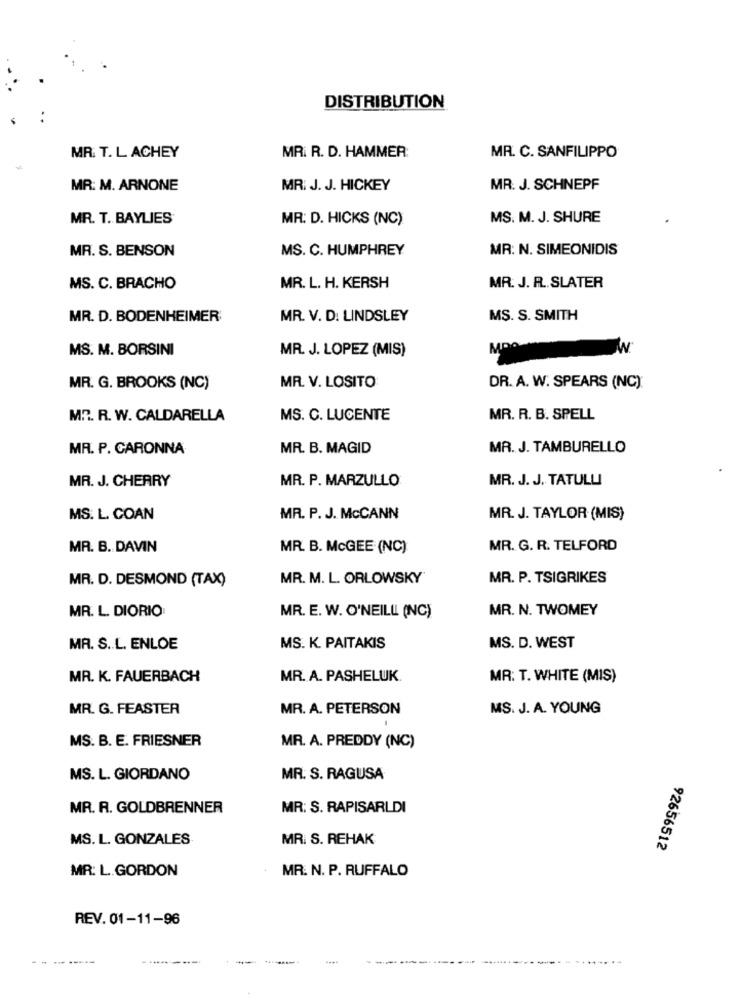
DISTRIBUTION
MR. T. L ACHEY
MR. R. D. HAMMER:
MR. C. SANFILIPPO
MR: M. ARNONE
MR. J. J. HICKEY
MR. J. SCHNEPF
MR. T. BAYLIES
MR: D. HICKS (NC)
MS. M. J. SHURE
MR. S. BENSON
MS. C. HUMPHREY
MR: N. SIMEONIDIS
MS. C. BRACHO
MR. L. H. KERSH
MR. J. R .. SLATER
MR. D. BODENHEIMER
MR. V. D. LINDSLEY
MS. S. SMITH
MS. M. BORSINI
MR. J. LOPEZ (MIS)
MR. G. BROOKS (NC)
MR. V. LOSITO
DR. A. W. SPEARS (NC):
MR. R. W. CALDARELLA
MS. C. LUCENTE
MR. R. B. SPELL
MR. P. CARONNA
MR. B. MAGID
MR. J. TAMBURELLO
MR. J. CHERRY
MR. P. MARZULLO
MR. J. J. TATULLI
MS. L. COAN
MR. P. J. McCANN
MR. J. TAYLOR (MIS)
MR. B. DAVIN
MR. B. McGEE (NC)
MR. G. R. TELFORD
MR. D. DESMOND (TAX)
MR. M. L. ORLOWSKY
MR. P. TSIGRIKES
MR. L. DIORIO
MR. N. TWOMEY
MR. E. W. O'NEILLL (NC)
MR. S .. L. ENLOE
MS. K. PAITAKIS
MS. D. WEST
MR. K. FAUERBACH
MR. A. PASHELUK
MR. T. WHITE (MIS)
MR. G. FEASTER
MR. A. PETERSON
MS. J. A. YOUNG
MS. B. E. FRIESNER
MR. A. PREDDY (NC)
MS. L. GIORDANO
MR. S. RAGUSA
MR. R. GOLDBRENNER
MR: S. RAPISARLDI
MS. L. GONZALES
MR. S. REHAK
92656512
MR: L.GORDON
MR. N. P. RUFFALO
REV. 01-11-96
-------
-..